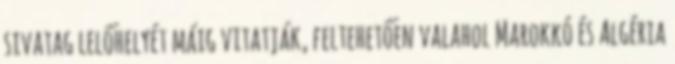
sivatag lelőhelyét máig vitatják, feltehetően valahol Marokkó és Algéria